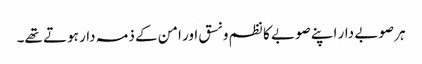
ہر صوبے دار اپنے صوبے کا نظم و نسق اور امن کے ذمہ دار ہوتے تھے۔